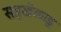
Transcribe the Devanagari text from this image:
सहखेळाडू